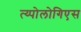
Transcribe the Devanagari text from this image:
त्य्पोलोगिएस